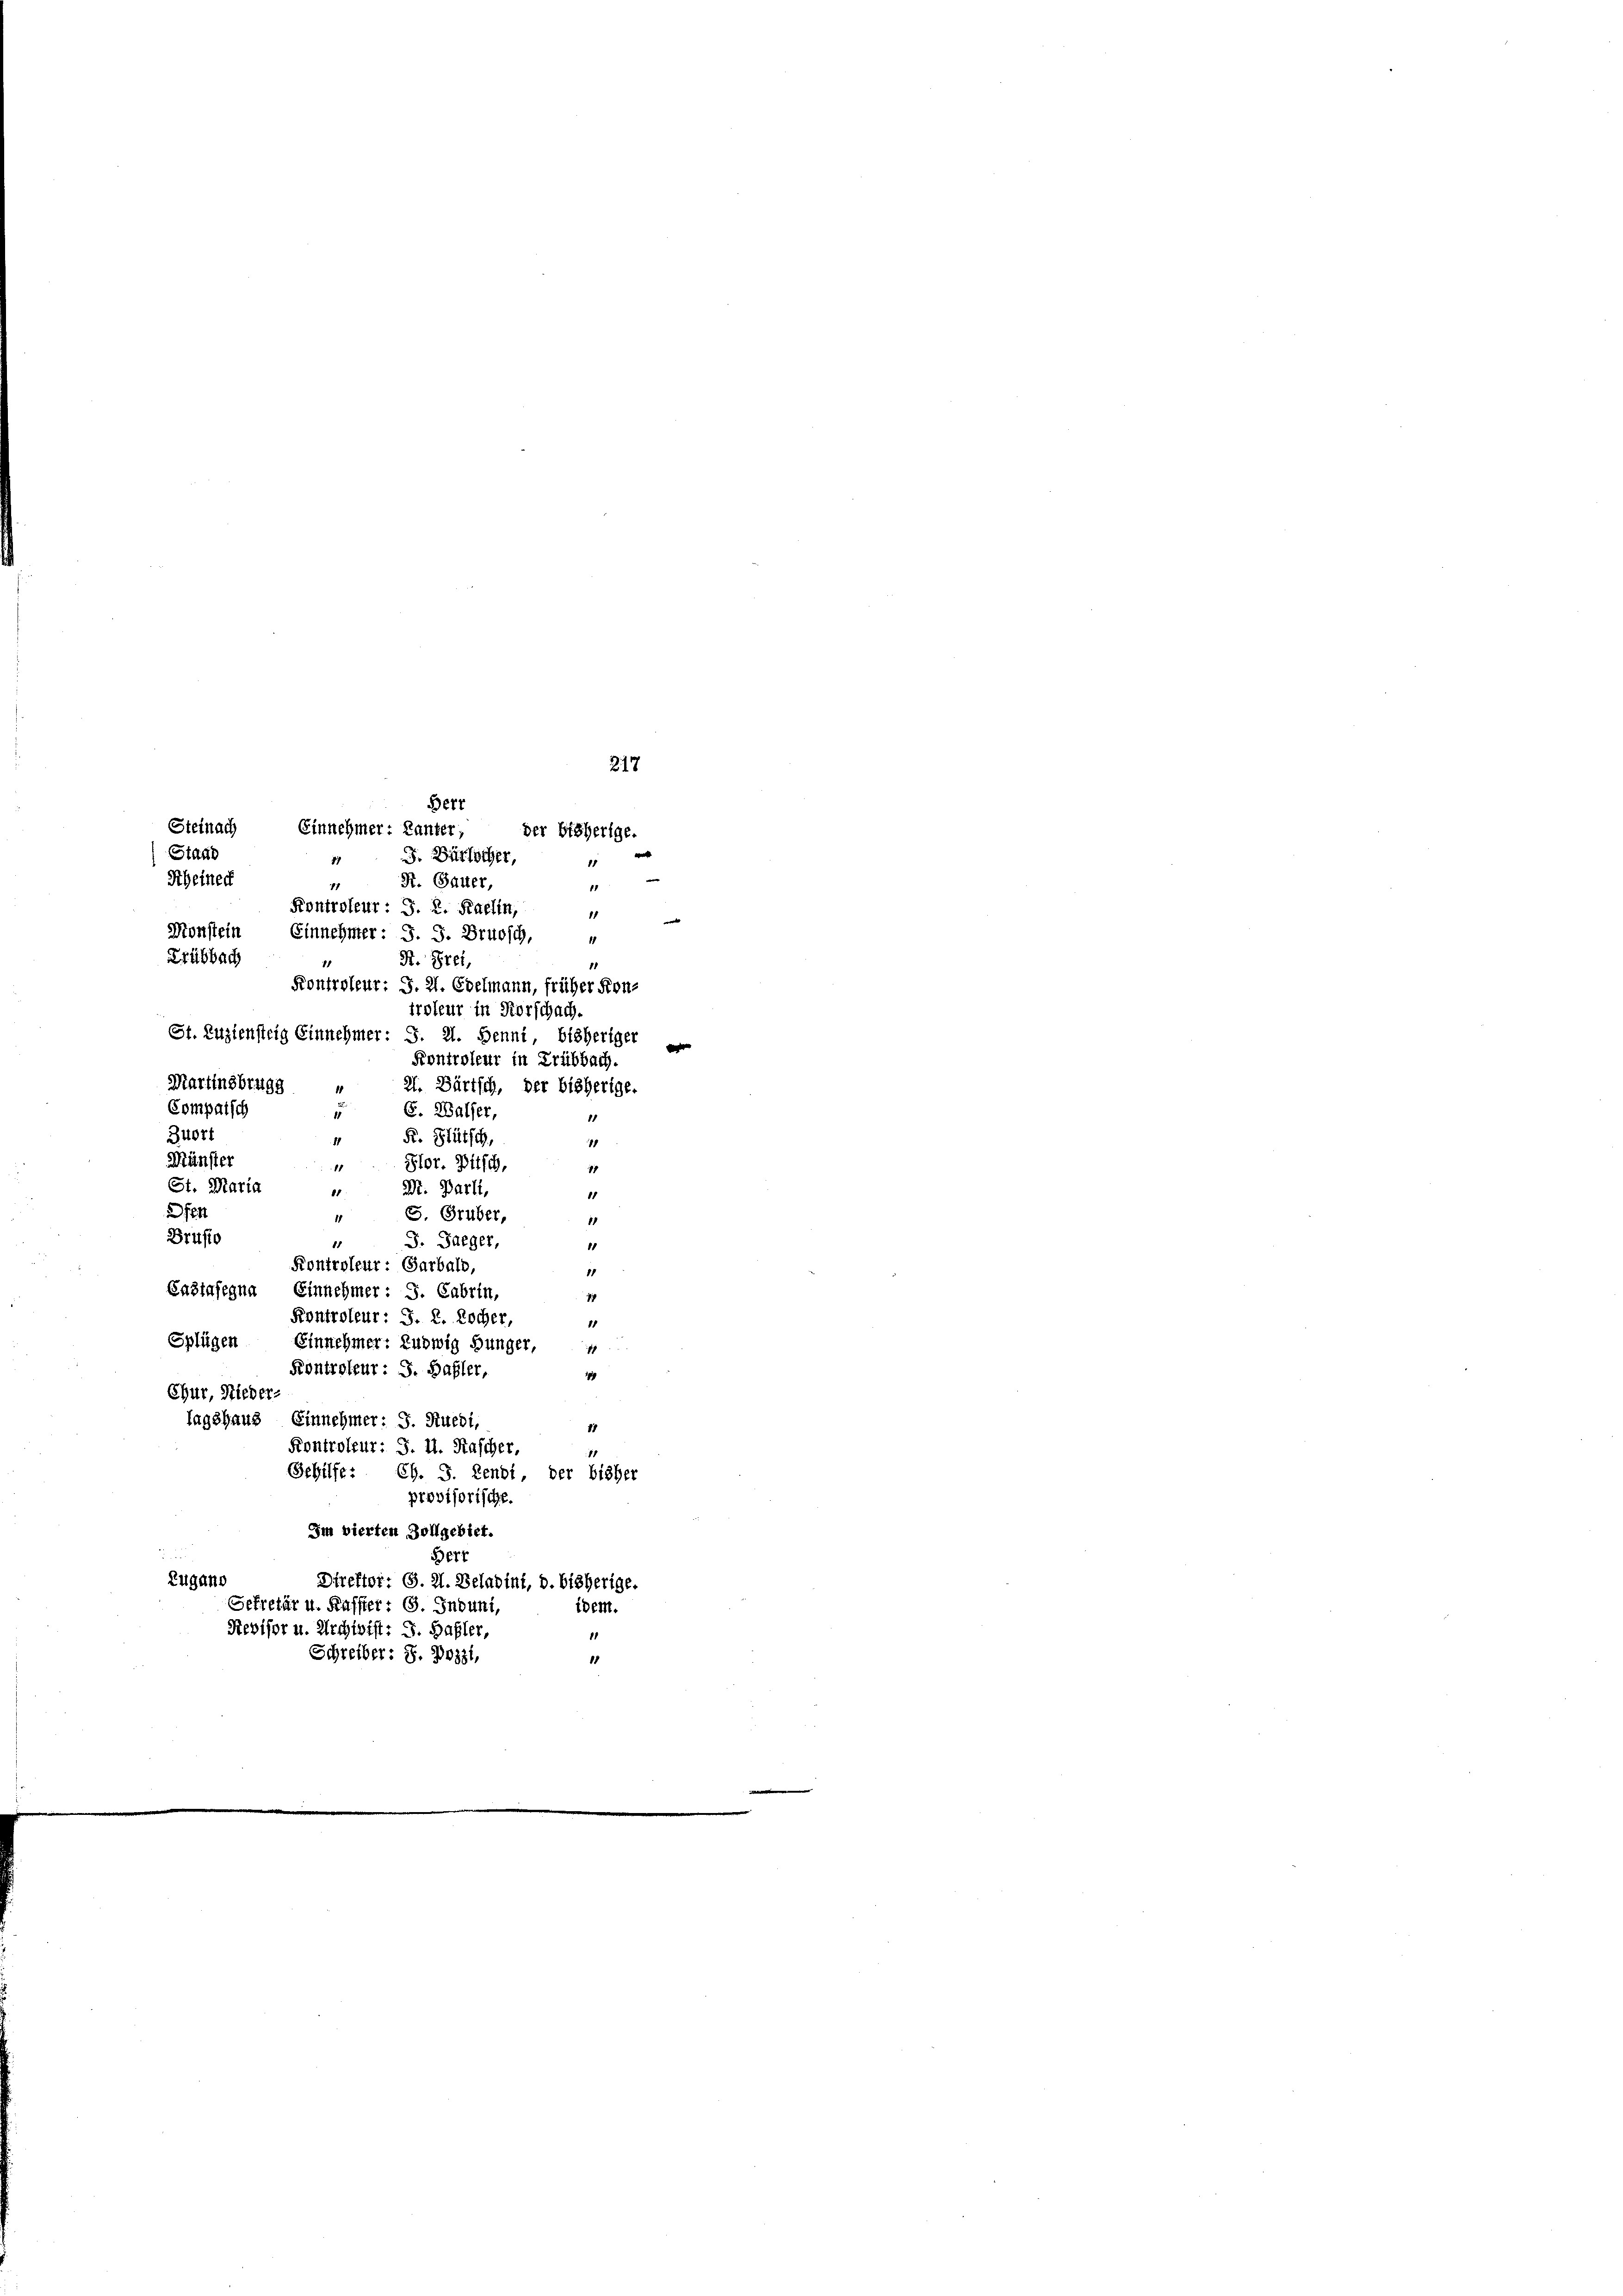
Staat
Steinech
Frübbach
St. Luziensteig Einnehmer: S. 21. Benni, bisheriger

Bert
Steinach Einnehmer: Lanter,

J. Dürlicher,
1
R. (Sauer,
1.
Kontroleur: J. R. Raeltn,
Monstein Einnehmer: J. J. Brusch,
1
R. Prei
Kontroleur: J. H. Edelmann, früher Kon-

Martinsbrugg
d
Compaisch
E. Walser,
11
Buort
Fr. Stütsch,
18
Münster
Hlor. Pitsch,
17
St. Maria
M. Parli,
81
11
 184
S. Grüber,
1
Brusio
J. Jaeger,
11
Kontroleur: Garbals,
11
Castasegna, Einnehmer: J. Fabrin,
7
Kontroleur: J. R. Kocher,
11
Splügen Einnehmer: Ludwig Hunger, 4
Kontroleur: S. Basler,
1
Chur, Nieder
lagshaus, Einnehmer: J. Ruedi,
17
Kontroleur: J. H. Rascher.
11
Gehilfe: CG. S. Lenbi, der bisher
provisorische.
Im vierten Zollgebiet.
Berr

11
iroleur in Forschach.
d
Kontroleur in Trübbach.
2. Dürtsch, der bisherige.

217
der bisherige.
|
11
11
t

Zugano
Direktor. G. 21. Beladint, d. bisherige.
Gekretär u. Kaffter; G. Induni,
Revisor u. Archwist: J. Hasler,
1
Schreiber: 3. Beizi,
15

idem.